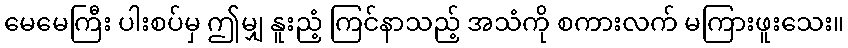
မေမေကြီး ပါးစပ်မှ ဤမျှ နူးညံ့ ကြင်နာသည့် အသံကို စကားလက် မကြားဖူးသေး။